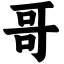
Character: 哥